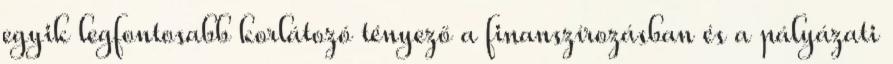
egyik legfontosabb korlátozó tényező a finanszírozásban és a pályázati